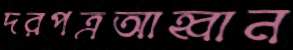
দরপত্রআহ্বান